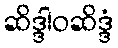
ဆိဒ္ဒါဝဆိဒ္ဒံ